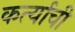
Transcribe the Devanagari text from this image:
कर्त्याची